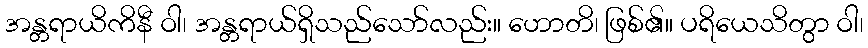
အန္တရာယိကိနီ ဝါ၊ အန္တရာယ်ရှိသည်သော်လည်း။ ဟောတိ၊ ဖြစ်၏။ ပရိယေသိတွာ ဝါ၊